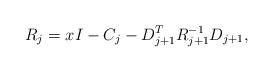
LaTeX: \begin{align*} R_j &= xI - C_j - D_{j+1}^T R_{j+1}^{-1} D_{j+1} , \end{align*}